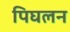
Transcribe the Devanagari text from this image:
पिघलन